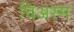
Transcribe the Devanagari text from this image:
चिअस्म